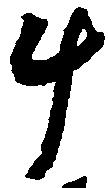
斗